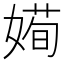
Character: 𡟱